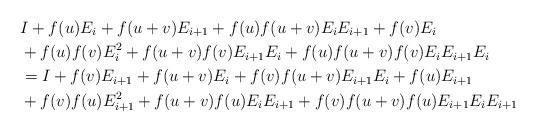
LaTeX: \begin{align*}& I + f(u)E_{i} +f(u+v)E_{i+1}+f(u)f(u+v)E_{i}E_{i+1}+f(v)E_{i} \\ & + f(u)f(v)E_{i}^2+f(u+v)f(v)E_{i+1}E_{i}+f(u)f(u+v)f(v)E_{i}E_{i+1}E_{i} \\ & =I + f(v)E_{i+1} +f(u+v)E_{i}+f(v)f(u+v)E_{i+1}E_{i}+f(u)E_{i+1} \\ &+f(v)f(u)E_{i+1}^2+f(u+v)f(u)E_{i}E_{i+1}+f(v)f(u+v)f(u)E_{i+1}E_{i}E_{i+1}\end{align*}